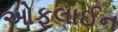
ઓફલાઈન